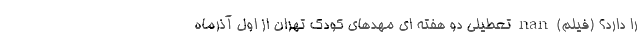
را دارد؟ (فیلم) nan تعطیلی دو هفته ای مهدهای کودکِ تهران از اول آذرماه